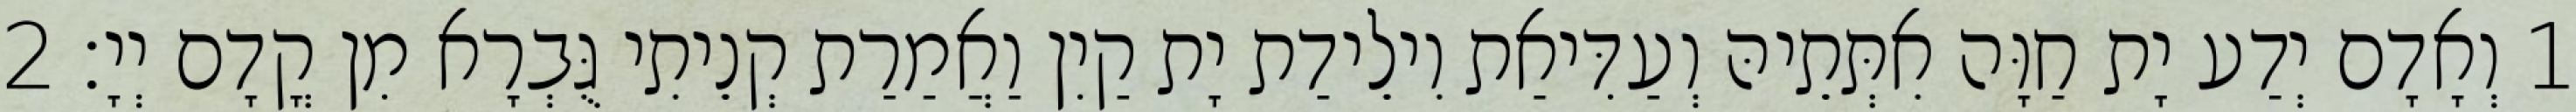
1 וְאָדָם יְדַע יָת חַוָּה אִתְּתֵיהּ וְעַדִּיאַת וִילֵידַת יָת קַיִן וַאֲמַרַת קְנֵיתִי גֻּבְרָא מִן קֳדָם יְיָ׃ 2